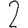
Digit: 2